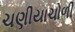
ચણીયાચોળી